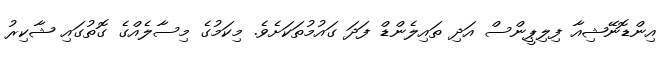
އިންޑޮނޭޝިއާ ފިލިޕީންސް އަދި ތައިލެންޑް ފަދަ ގައުމުތަކަށެވެ. މިކަމުގެ މިސާލެއްގެ ގޮތުގައި ޝާކިރު